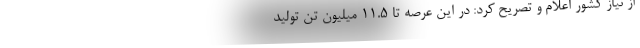
از نیاز کشور اعلام و تصریح کرد: در این عرصه تا ۱۱.۵ میلیون تن تولید